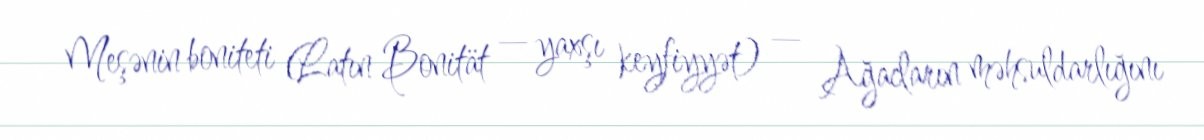
Meşənin boniteti (Latın Bonität — yaxşı keyfiyyət) — Ağacların məhsuldarlığını